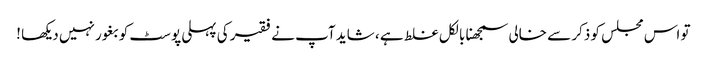
تو اس مجلس کو ذکر سے خالی سمجھنا بالکل غلط ہے ، شاید آپ نے فقیر کی پہلی پوسٹ کو بغور نہیں دیکھا !